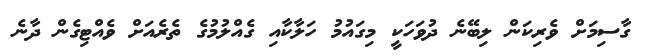
ގާސިމަށް ވެރިކަން ލިބޭނެ ދުވަހަކީ މިގައުމު ހަލާކާއި ގެއްލުމުގެ ތެރެއަށް ވެއްޓިގެން ދާނެ